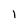
Character: l